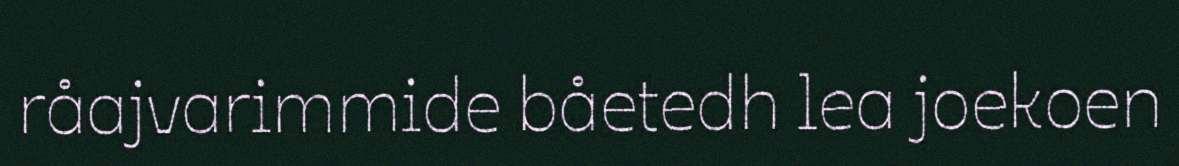
råajvarimmide båetedh lea joekoen